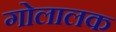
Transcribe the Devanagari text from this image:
गोलालक